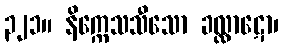
၃၂၁။ နိက္ကေသသီသော ခလ္လာဋော၊